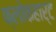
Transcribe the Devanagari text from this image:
फ्लोकहार्ट